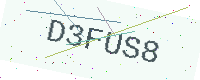
Text: D3FUS8